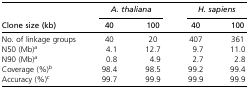
<table><thead><tr><td></td><td colspan="2"><b><i>A. thaliana</i></b></td><td colspan="2"><b><i>H. sapiens</i></b></td></tr><tr><td><b>Clone size (kb)</b></td><td><b>40</b></td><td><b>100</b></td><td><b>40</b></td><td><b>100</b></td></tr></thead><tbody><tr><td>No. of linkage groups</td><td>40</td><td>20</td><td>407</td><td>361</td></tr><tr><td>N50 (Mb)<i><sup>a</sup></i></td><td>4.1</td><td>12.7</td><td>9.7</td><td>11.0</td></tr><tr><td>N90 (Mb)<i><sup>a</sup></i></td><td>0.8</td><td>4.9</td><td>2.7</td><td>2.8</td></tr><tr><td>Coverage (%)<i><sup>b</sup></i></td><td>98.4</td><td>98.5</td><td>99.2</td><td>99.4</td></tr><tr><td>Accuracy (%)<i><sup>c</sup></i></td><td>99.7</td><td>99.9</td><td>99.9</td><td>99.9</td></tr></tbody></table>